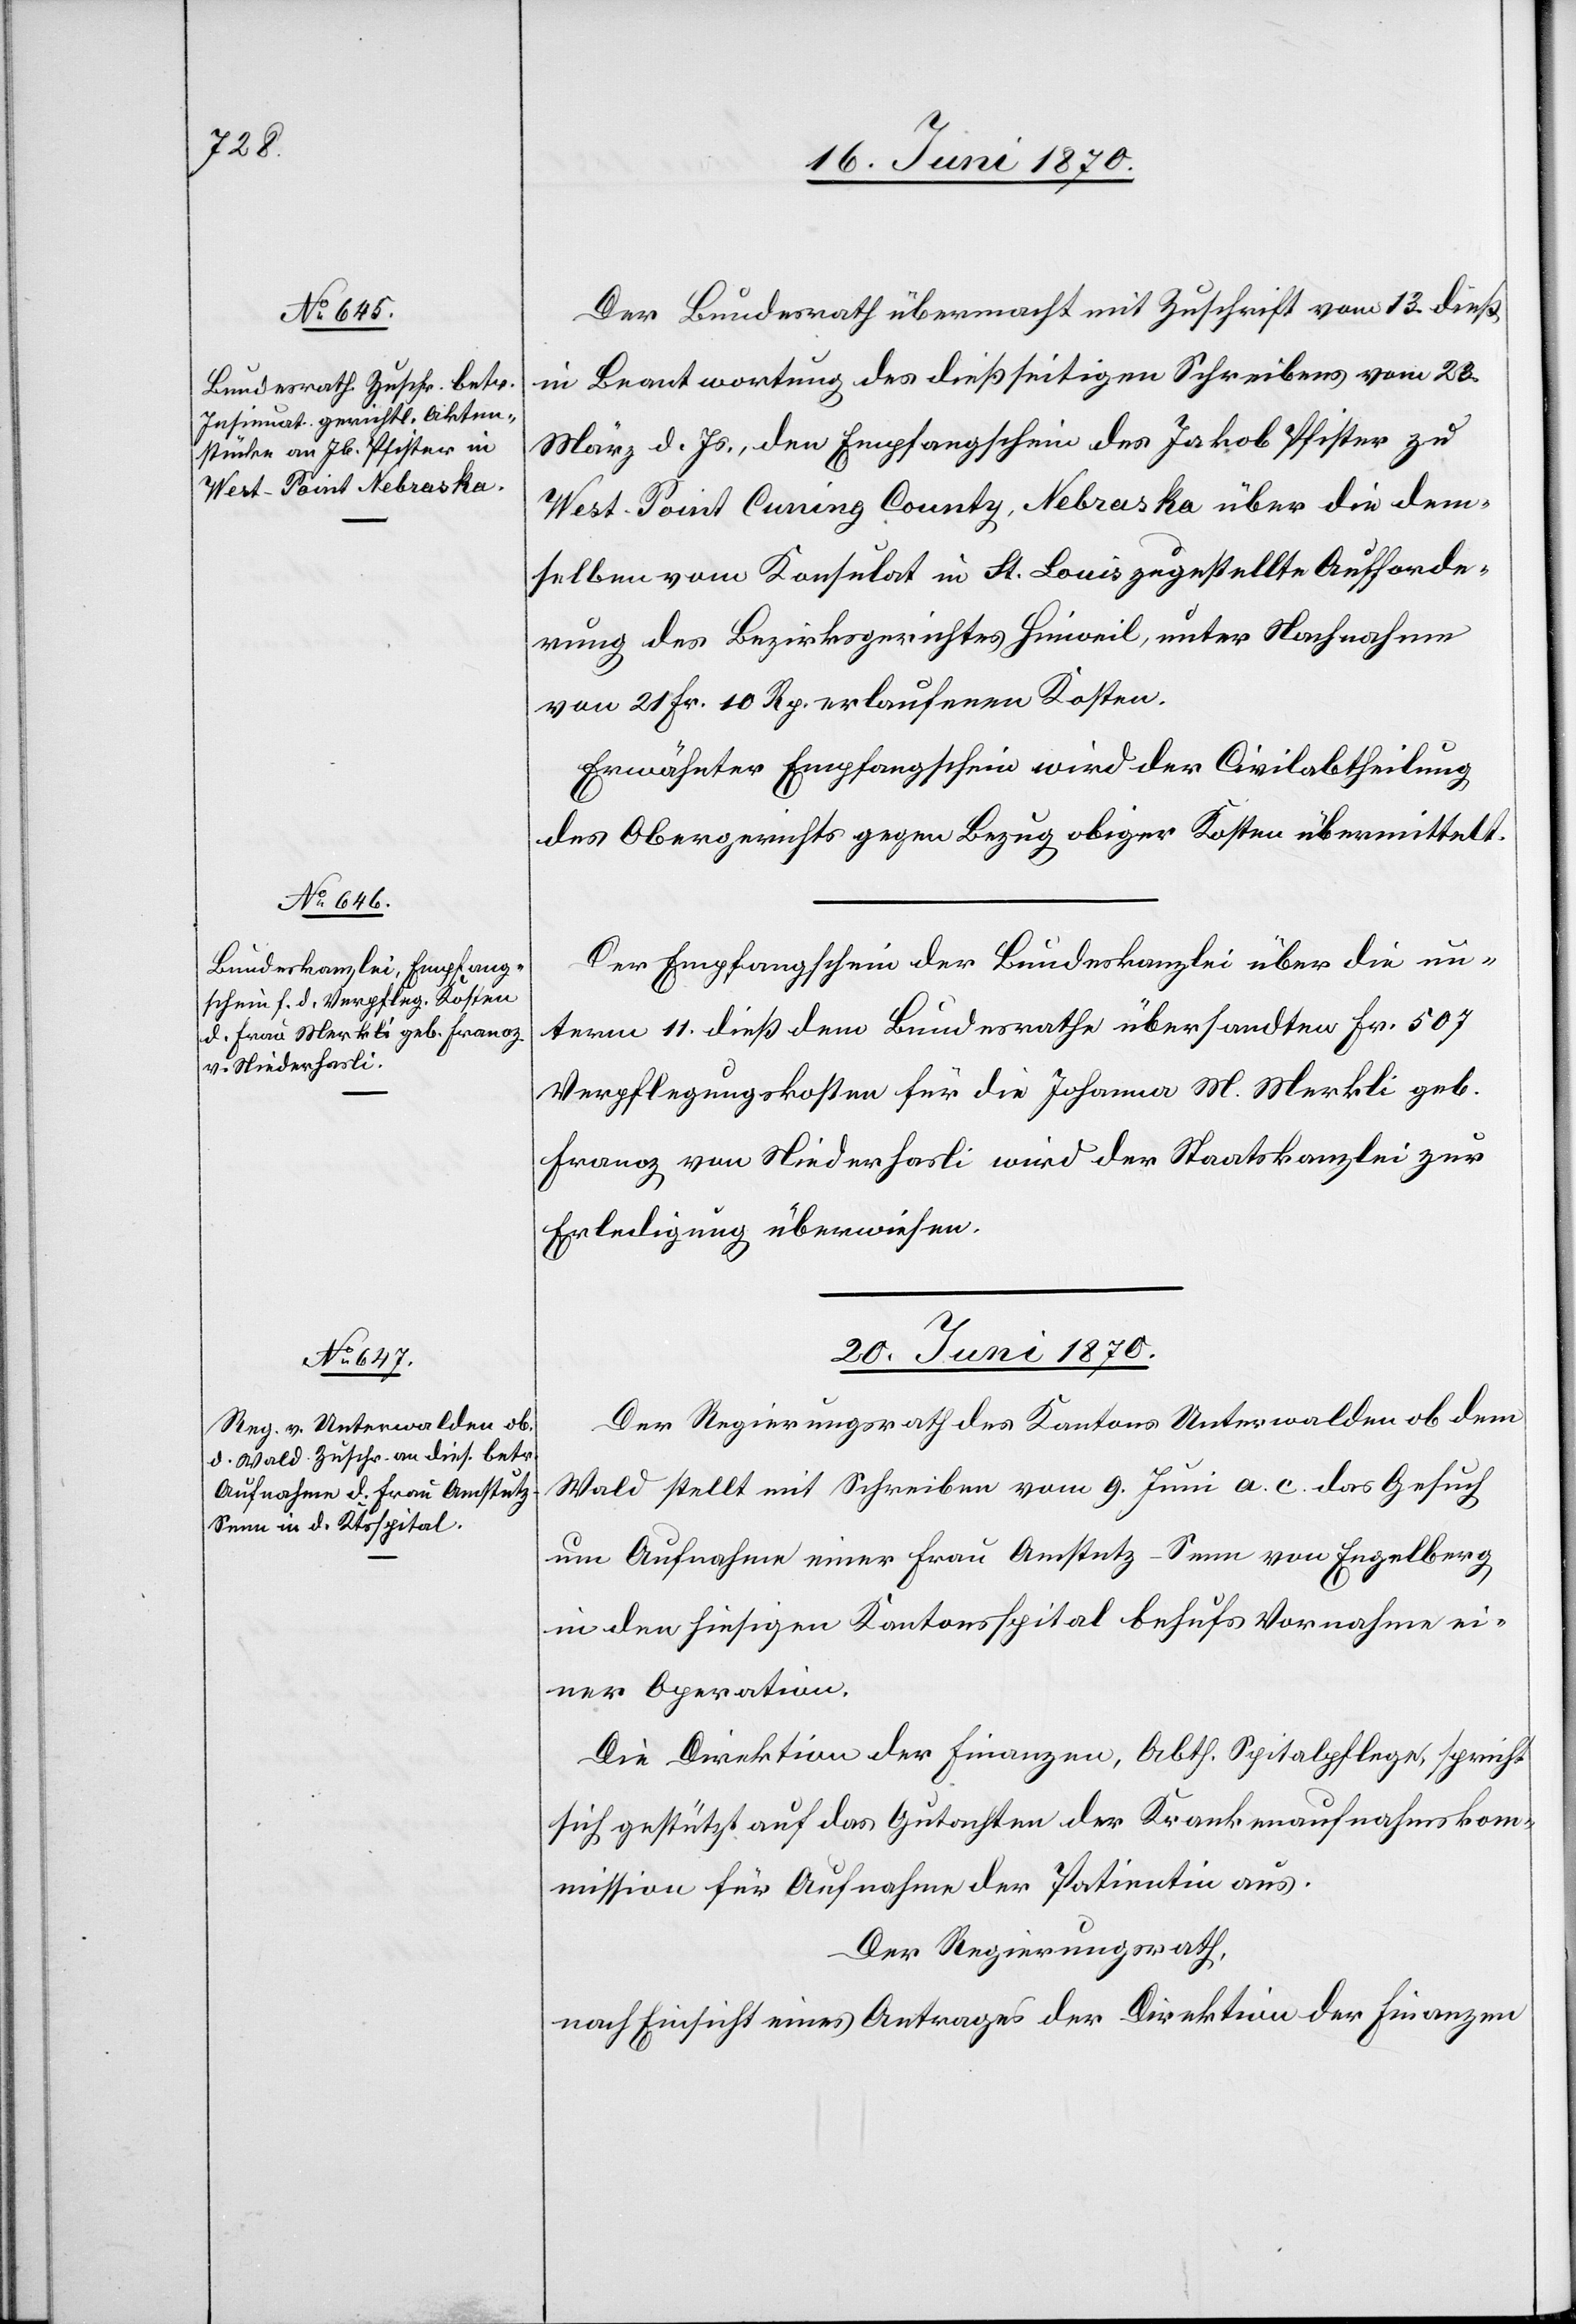
18. Juni 1870.]
Der Bundesrath übermacht mit Zuschrift vom 13. dieß
in Beantwortung des dießseitigen Schreibens vom 23.
März d. Js., den Empfangschein des Jakob Pfister zu
[recte: Cuming] County, Nebraska über die dem¬
selben vom Konsulat in St. Louis zugestellte Aufforde¬
rung des Bezirksgerichtes Hinweil, unter Nachnahme
von 21. Fr. 10 Rp. verlaufenen Kosten.
Erwähnter Empfangschein wird der Civilabtheilung
des Obergerichts gegen Bezug obiger Kosten übermittelt.
Der Empfangschein der Bundeskanzlei über die un¬
term 11. dieß dem Bundesrathe übersandten Fr. 507
Verpflegungskosten für die Johanna M. Merkli geb.
Franoz von Niederhasli wird der Staatskanzlei zur
Erledigung überwiesen.
20. Juni 1870.
Der Regierungsrath des Kantons Unterwalden ob dem
Wald stellt mit Schreiben vom 9. Juni a. c. das Gesuch
um Aufnahme einer Frau Amstutz-Senn von Engelberg
in den hiesigen Kantonsspital behufs Vornahme ei¬
ner Operation.
Die Direktion der Finanzen, Abth. Spitalpflege, spricht
sich gestützt auf das Gutachten der Krankenaufnahmskom¬
mission für Aufnahme der Patientin aus.
Der Regierungsrath,
nach Einsicht eines Antrages der Direktion der Finanzen